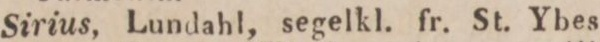
Mars    6.    Sirius, Lundahl, segelkl. fr. St. Ybes